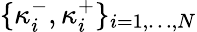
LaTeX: \{ \kappa_{i}^{-},\kappa_{i}^{+}\} _{i=1,\ldots,N}